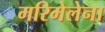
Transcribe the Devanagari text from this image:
मरिमेलेना